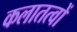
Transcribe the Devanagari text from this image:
कलातत्वों